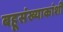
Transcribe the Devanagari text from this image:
बहूसंख्याकांशी